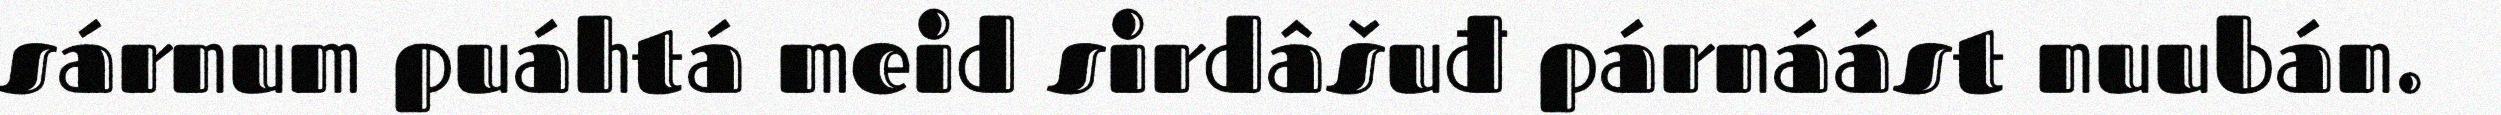
sárnum puáhtá meid sirdâšuđ párnáást nuubán.